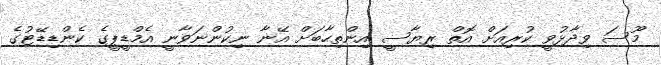
މޫސަ ވިދާޅުވީ ކުރިއަށް އޮތް ރިޔާސީ އިންތިހާބަށް އޭނާ ނިކުންނަވާނީ އެމްޑީޕީގެ ކެންޑިޑޭޓުގެ